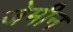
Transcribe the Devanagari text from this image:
जेमीन